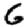
Digit: 6